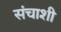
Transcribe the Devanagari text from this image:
संचाशी